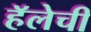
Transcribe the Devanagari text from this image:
हॅलेची